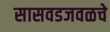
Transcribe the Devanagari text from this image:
सासवडजवळचे